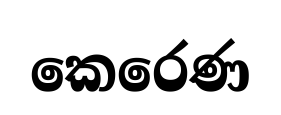
කෙරෙණ